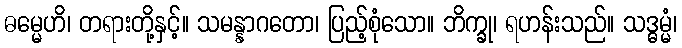
ဓမ္မေဟိ၊ တရားတို့နှင့်။ သမန္နာဂတော၊ ပြည့်စုံသော။ ဘိက္ခု၊ ရဟန်းသည်။ သဒ္ဓမ္မံ၊